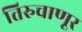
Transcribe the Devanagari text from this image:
तिरुचाणूर